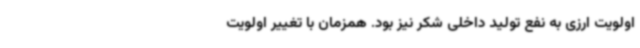
اولویت ارزی به نفع تولید داخلی شکر نیز بود. همزمان با تغییر اولویت